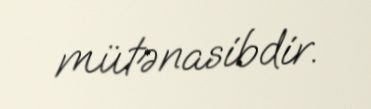
mütənasibdir.